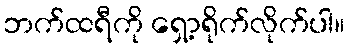
ဘက်ထရီကို ရှော့ရိုက်လိုက်ပါ။